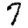
Digit: 7